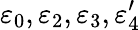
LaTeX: \varepsilon_{0},\varepsilon_{2},\varepsilon_{3},\varepsilon_{4}^{\prime}